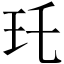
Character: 𤣯